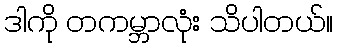
ဒါကို တကမ္ဘာလုံး သိပါတယ်။